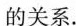
的关系.